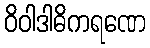
ဝိဝါဒါဓိကရဏေ